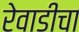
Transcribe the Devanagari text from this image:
रेवाडीचा